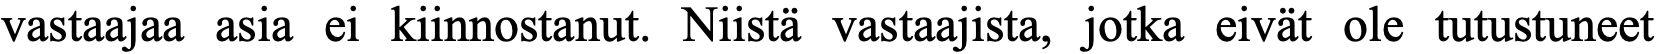
vastaajaa asia ei kiinnostanut. Niistä vastaajista, jotka eivät ole tutustuneet